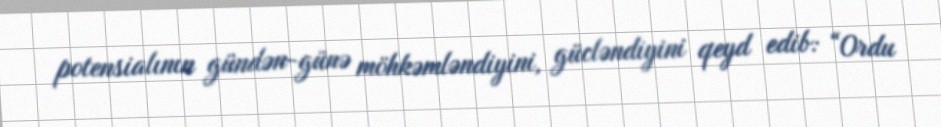
potensialının gündən-günə möhkəmləndiyini, gücləndiyini qeyd edib: “Ordu